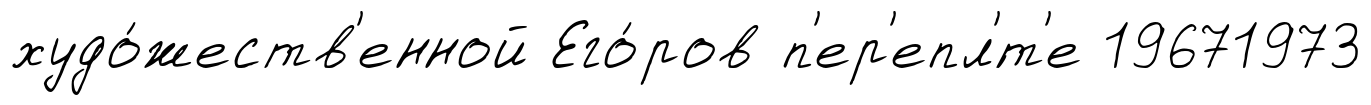
худо́жеств'енной Его́ров п'ер'епл'́т'е 19671973